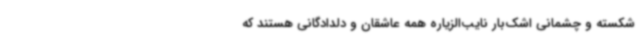
شکسته و چشمانی اشک‌بار نایب‌الزیاره همه عاشقان و دلدادگانی هستند که